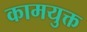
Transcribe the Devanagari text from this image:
कामयुक्त